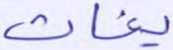
يغاث